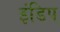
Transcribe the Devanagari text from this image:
इंडिप